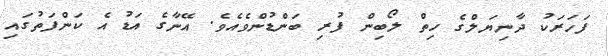
ފަހަރަކު ދާނިޔަލްގެ ހިތް ލޯބިން ފުރި ބަންޑުންވެއެވެ. އޭނާގެ އަޑު އެ ކަންފަތުގައި